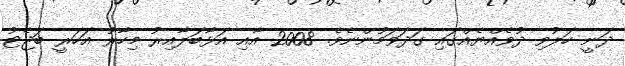
ދަނީ ހަލުވި ދުވެއްޔެއްގައި ގަދަވަމުންނެވެ. 2008 އާއި އަޅާބަލާއިރު މިހާރު އަހަރީ ބަޖެޓު